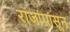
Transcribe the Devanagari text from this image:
राजांपासून